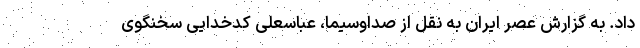
داد. به گزارش عصر ایران به نقل از صداوسیما، عباسعلی کدخدایی سخنگوی